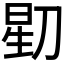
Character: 𬀶